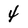
Character: 4